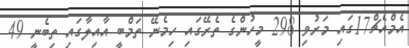
އެމްއެޗް17ގައި މަރުވި 298 މީހުންގެ ތެރޭގައި ހިމެނޭ ތަމްބީ އާއިލާގައި ތިބެނީ 49